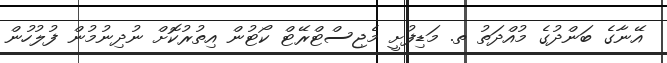
އޭނާގެ ބަންދުގެ މުއްދަތު ތ. މަޑިފުށީ މެޖިސްޓްރޭޓް ކޯޓުން އިތުރުކޮށް ނުދިނުމުން ފުލުހުން